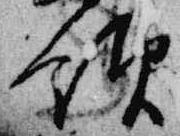
領